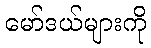
မော်ဒယ်များကို